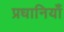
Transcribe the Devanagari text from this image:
प्रधानियाँ